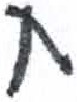
אות: ח